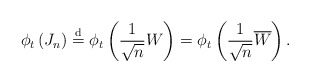
\begin{align*}\phi_{t} \left( J_{n} \right) \overset{\mathrm{d}}{=} \phi_{t} \left( \frac{1}{\sqrt{n}} W \right) = \phi_{t} \left( \frac{1}{\sqrt{n}} \overline{W} \right).\end{align*}